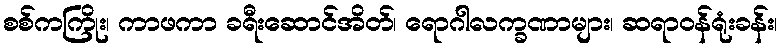
စစ်ကကြိုး၊ ကာဖကာ ခရီးဆောင်အိတ်၊ ရောဂါလက္ခဏာများ၊ ဆရာဝန်ရုံးခန်း၊